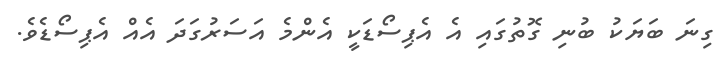
ގިނަ ބަޔަކު ބުނި ގޮތުގައި އެ އެޕިސޯޑަކީ އެންމެ އަސަރުގަދަ އެއް އެޕިސޯޑެވެ.